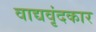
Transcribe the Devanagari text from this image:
वाद्यवृंदकार